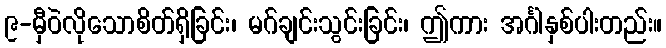
၉-မှီဝဲလိုသောစိတ်ရှိခြင်း၊ မဂ်ချင်းသွင်းခြင်း၊ ဤကား အင်္ဂါနှစ်ပါးတည်း။